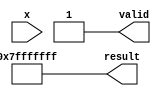
module coth (
    input wire signed [31:0] x, // Input: Fixed-point representation of x
    output reg signed [31:0] result, // Output: Fixed-point representation of coth(x)
    output reg valid // Output: Indicates if the result is valid
);

    // Constants for fixed-point representation
    parameter FIXED_POINT_FRACTIONAL_BITS = 16;
    parameter MAX_VALUE = 32'h7FFFFFFF; // Maximum representable value
    parameter MIN_VALUE = 32'h80000000; // Minimum representable value

    // Internal signals
    reg signed [31:0] exp_x;
    reg signed [31:0] exp_neg_x;
    reg signed [31:0] cosh_x;
    reg signed [31:0] sinh_x;

    // Exponential function approximation (using Taylor series or other methods)
    function signed [31:0] exp_func(input signed [31:0] value);
        // Placeholder for exponential function implementation
        // This should be replaced with an actual implementation
        exp_func = 32'h00000000; // Dummy value for now
    endfunction

    // Hyperbolic functions calculation
    always @(*) begin
        valid = 1'b0; // Default to invalid result

        // Handle special case for zero input
        if (x == 32'h00000000) begin
            result = 32'h7FFFFFFF; // coth(0) is undefined, return max value
            valid = 1'b1;
        end else begin
            // Calculate e^x and e^(-x)
            exp_x = exp_func(x);
            exp_neg_x = exp_func(-x);

            // Calculate cosh(x) and sinh(x)
            cosh_x = (exp_x + exp_neg_x) >> 1; // cosh(x) = (e^x + e^(-x)) / 2
            sinh_x = (exp_x - exp_neg_x) >> 1; // sinh(x) = (e^x - e^(-x)) / 2

            // Check for division by zero
            if (sinh_x != 32'h00000000) begin
                // Calculate coth(x) = cosh(x) / sinh(x)
                result = (cosh_x << FIXED_POINT_FRACTIONAL_BITS) / sinh_x; // Adjust for fixed-point
                valid = 1'b1;
            end else begin
                result = 32'h7FFFFFFF; // Return max value for undefined cases
                valid = 1'b1;
            end
        end
    end

endmodule